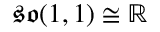
{ \mathfrak { s o } } ( 1 , 1 ) \cong \mathbb { R }